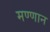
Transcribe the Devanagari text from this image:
मण्णान